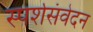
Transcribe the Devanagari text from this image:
स्पर्शसंवेदन